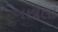
અછાલા